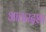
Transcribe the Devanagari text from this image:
आचारदशा